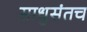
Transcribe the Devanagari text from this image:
साधुसंतच